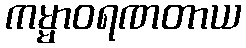
ကမ္မာဝရဏတာယ